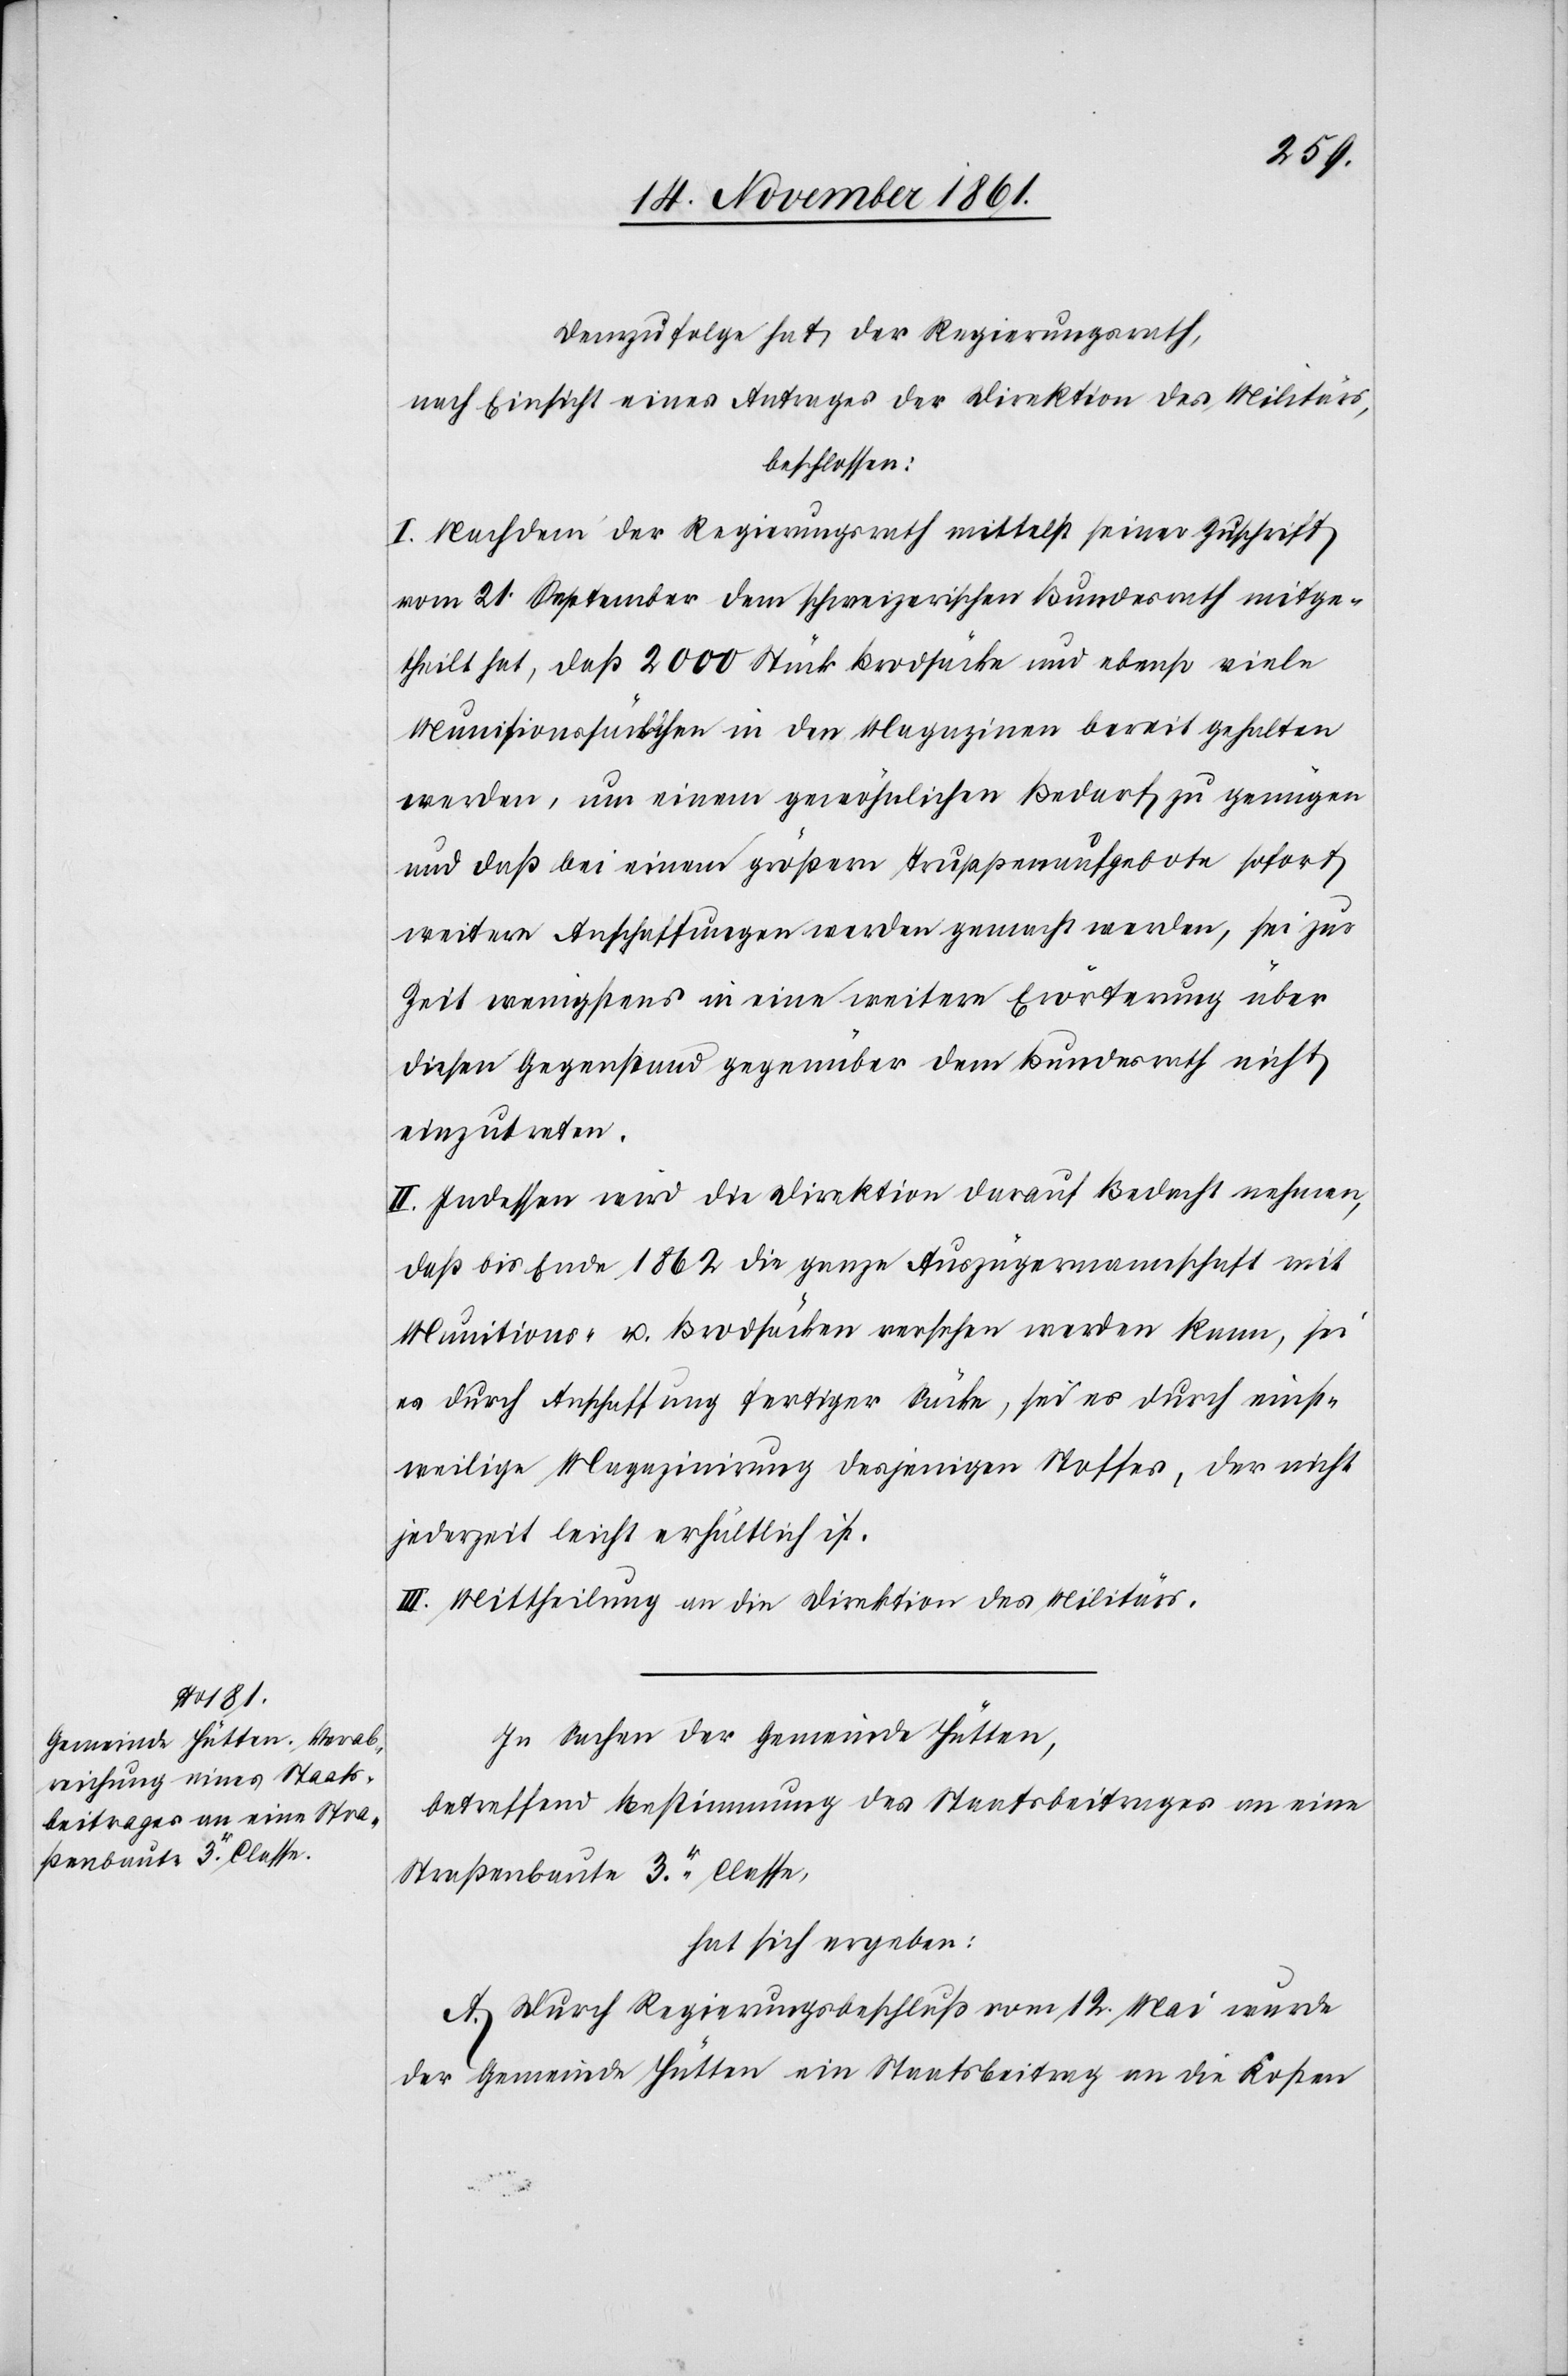
Demzufolge hat der Regierungsrath,
nach Einsicht eines Antrages der Direktion des Militärs,
beschlossen:
I. Nachdem der Regierungsrath mittelst seiner Zuschrift
vom 21 September dem schweizerischen Bundesrath mitge¬
theilt hat, daß 2000 Stück Brodsäcke und ebenso viele
Munitionssäckchen in den Magazinen bereit gehalten
werden, um einem gewöhnlichen Bedarf zu genügen
und daß bei einem größern Truppenaufgebote sofort
weitere Anschaffungen werden gemacht werden, sei zur
Zeit wenigstens in eine weitere Erörterung über
diesen Gegenstand gegenüber dem Bundesrath nicht
einzutreten.
II. Indessen wird die Direktion darauf Bedacht nehmen,
daß bis Ende 1862 die ganze Auszügermannschaft mit
Munitions- u. Brodsäcken versehen werden kann, sei
es durch Anschaffung fertiger Säcke, sei es durch einst¬
weilige Magazinirung desjenigen Stoffes, der nicht
jederzeit leicht erhältlich ist.
III. Mittheilung an die Direktion des Militärs.
In Sachen der Gemeinde Hütten,
betreffend Bestimmung des Staatsbeitrages an eine
Straßenbaute 3r Classe,
hat sich ergeben:
A. Durch Regierungsbeschluß vom 12 Mai wurde
der Gemeinde Hütten ein Staatsbeitrag an die Kosten